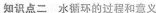
知识点二 水循环的过程和意义